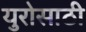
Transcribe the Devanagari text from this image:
युरोसाठी